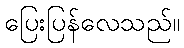
ပြေးပြန်လေသည်။